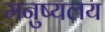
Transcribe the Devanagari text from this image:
मनुष्यलय